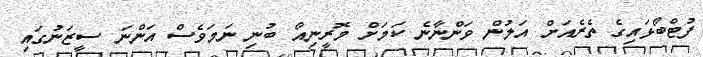
ފުޓްބޯޅައިގެ ތެރެއަށް އަލުން ވަންނާނެ ކަމަށް މޮރީނިއޯ ބުނި ނަމަވެސް އަންނަ ސީޒަނުގައި